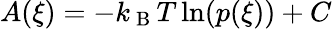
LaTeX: \begin{array}{r}{A(\xi)=-k_{\mathrm{~B~}}T\ln(p(\xi))+C}\end{array}